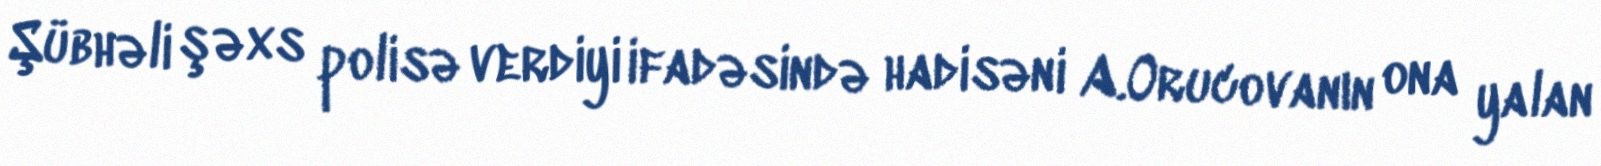
Şübhəli şəxs polisə verdiyi ifadəsində hadisəni A.Orucovanın ona yalan